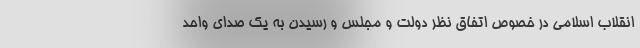
انقلاب اسلامی در خصوص اتفاق نظر دولت و مجلس و رسیدن به یک صدای واحد